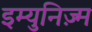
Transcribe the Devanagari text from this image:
इम्युनिज़्म